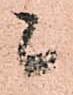
候